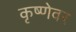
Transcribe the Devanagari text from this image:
कृष्णेवर